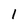
Character: 1